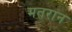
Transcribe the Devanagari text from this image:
मतरान